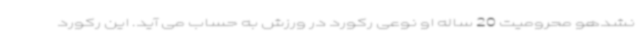
نشدهو محرومیت 20 ساله او نوعی رکورد در ورزش به حساب می آید. این رکورد